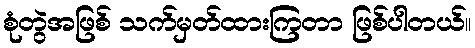
စုံတွဲအဖြစ် သက်မှတ်ထားကြတာ ဖြစ်ပါတယ်။